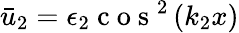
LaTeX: \bar{u}_{2}=\epsilon_{2}\mathrm{~c~o~s~}^{2}\left(k_{2}x\right)